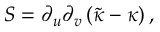
S = \partial _ { u } \partial _ { v } \left( \tilde { \kappa } - \kappa \right) ,